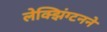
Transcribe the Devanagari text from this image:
लेक्झिंग्टनने